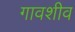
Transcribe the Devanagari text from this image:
गावशीव